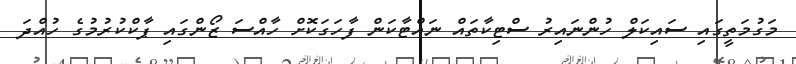
މަގުމަތީގައި ސައިކަލް ހުންނައިރު ސްޓިކާތައް ނައްޓާކަން ފާހަގަކޮށް ހާއްސަ ޒޯންގައި ޕާކްކުރުމުގެ ހުއްދަ